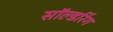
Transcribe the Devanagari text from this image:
सॉल्डरिंग